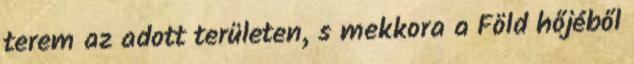
terem az adott területen, s mekkora a Föld hőjéből